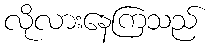
လိုလားနေကြသည်